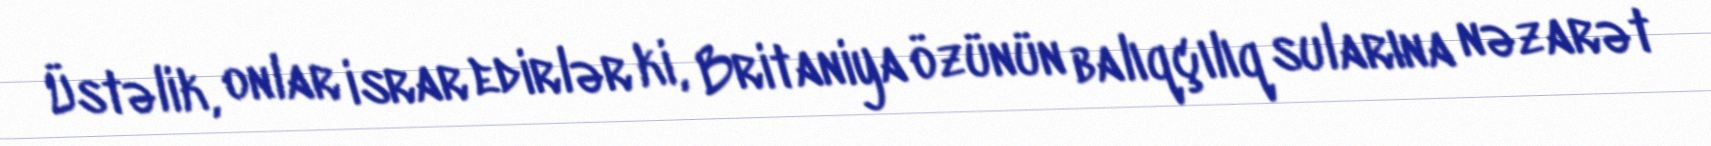
Üstəlik, onlar israr edirlər ki, Britaniya özünün balıqçılıq sularına nəzarət